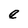
Character: e